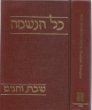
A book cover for Kol Haneshamah: Shabbat Vehagim (Hebrew and English Edition); David A. Teutsch; Religion & Spirituality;